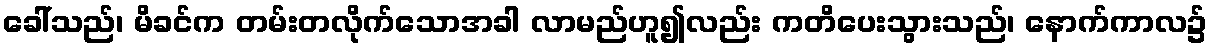
ခေါ်သည်၊ မိခင်က တမ်းတလိုက်သောအခါ လာမည်ဟူ၍လည်း ကတိပေးသွားသည်၊ နောက်ကာလ၌